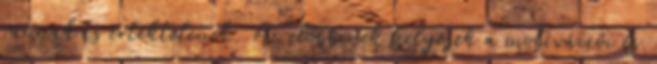
vannak és értéktelenek. Az előbbinek helyesek a motivációi és